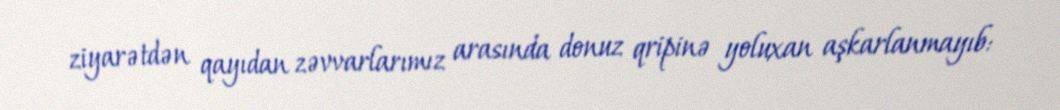
ziyarətdən qayıdan zəvvarlarımız arasında donuz qripinə yoluxan aşkarlanmayıb: